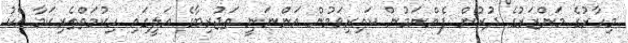
މިހާރުގެ މަންޒަރުގެ ދުރުން ފެންނަމުން ކައިރިވަމުން އަންނަނީ ތަޖުރިބާގެ އަލީގައި ހިކުމަތްތެރިކަމާ އެކު